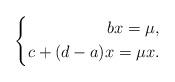
LaTeX: \begin{align*}\left\{\begin{aligned}bx=\mu,\\c+(d-a)x=\mu x.\end{aligned}\right.\end{align*}